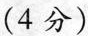
(4分)